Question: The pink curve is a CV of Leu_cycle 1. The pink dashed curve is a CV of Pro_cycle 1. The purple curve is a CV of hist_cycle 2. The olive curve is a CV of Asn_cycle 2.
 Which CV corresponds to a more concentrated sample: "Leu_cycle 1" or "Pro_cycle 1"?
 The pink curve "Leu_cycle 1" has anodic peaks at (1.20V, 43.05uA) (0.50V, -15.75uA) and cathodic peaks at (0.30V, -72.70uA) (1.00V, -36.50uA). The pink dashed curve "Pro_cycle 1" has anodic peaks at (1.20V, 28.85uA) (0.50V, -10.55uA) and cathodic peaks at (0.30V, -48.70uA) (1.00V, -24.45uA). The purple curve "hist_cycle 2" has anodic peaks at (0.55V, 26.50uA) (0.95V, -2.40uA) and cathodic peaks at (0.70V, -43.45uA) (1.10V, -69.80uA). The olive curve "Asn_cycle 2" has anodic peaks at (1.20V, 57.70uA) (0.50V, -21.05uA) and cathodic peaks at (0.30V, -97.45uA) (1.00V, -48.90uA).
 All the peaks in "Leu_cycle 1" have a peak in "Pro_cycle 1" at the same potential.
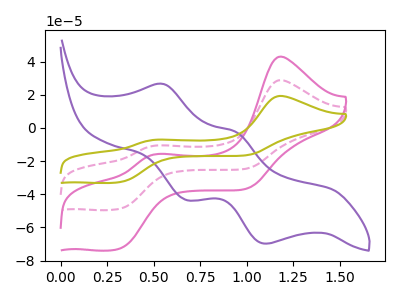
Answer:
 <answer>I cant tell if "Leu_cycle 1" or "Pro_cycle 1" has higher concentration.</answer>
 <eval>mixed_concentration</eval>